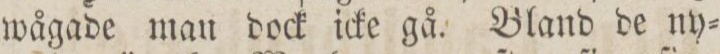
wågade man dock icke gå. Bland de ny=